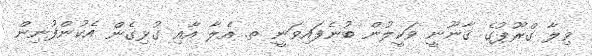
ވިލާ ގްރޫޕުގެ ޤާނޫނީ ވަކީލުން ބުނެފައިވަނީ ތ. އެލާ އާއި ގުޅިގެން އެކުންފުނިން